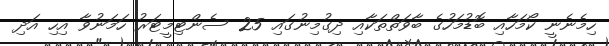
ހިމެނެނީ ކޯމަހާއި ބޮޑުމަހުގެ ބާވަތްތަކާއި ދިގުމިނުގައި 25 ސެންޓިމީޓަރު ހަމަނުވާ އިހި އަދި